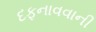
દફનાવવાની